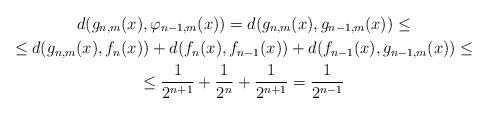
LaTeX: \begin{gather*}d(g_{n,m}(x),\varphi_{n-1,m}(x))=d(g_{n,m}(x),g_{n-1,m}(x))\le\\\le d(g_{n,m}(x),f_n(x))+d(f_n(x),f_{n-1}(x))+d(f_{n-1}(x),g_{n-1,m}(x))\le\\\le\frac{1}{2^{n+1}}+\frac{1}{2^{n}}+\frac{1}{2^{n+1}}=\frac{1}{2^{n-1}}\end{gather*}